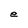
Character: e